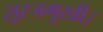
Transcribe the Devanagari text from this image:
सूरजमुखी।